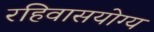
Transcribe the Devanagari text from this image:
रहिवासयोग्य